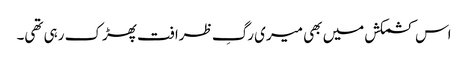
اس کشمکش میں بھی میری رگِ ظرافت پھڑک رہی تھی۔